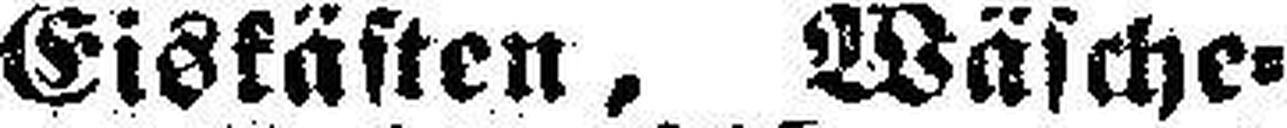
Eiskästen, Wäsche¬